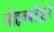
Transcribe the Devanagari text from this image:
मोहब्बतेंद्वारे